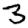
Digit: 3